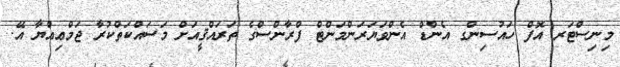
މިނިސްޓަރ އޮފް ހައުސިންގ އެންޑް އެންވަޔަރަންމަންޓް ފްރާންސްގެ ތަރައްޤީއަށް މަސައްކަތްކުރާ ޖަމްޢިއްޔާ އޭ.